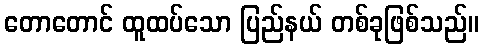
တောတောင် ထူထပ်သော ပြည်နယ် တစ်ခုဖြစ်သည်။